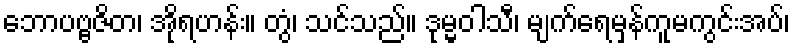
ဘောပဗ္ဗဇိတ၊ အိုရဟန်း။ တွံ၊ သင်သည်။ ဒုမ္မဝါသီ၊ မျက်ရေမှန်ကူမကွင်းအပ်၊